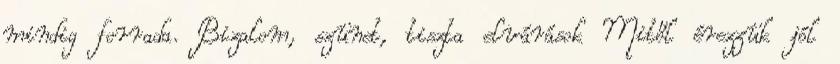
mindig forrada. Bizalom, szünet, tiszta elvárások Mitől érezzük jól